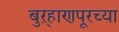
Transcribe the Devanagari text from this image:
बुऱ्हाणपूरच्या